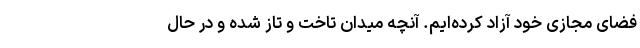
فضای مجازی خود آزاد کرده‌ایم. آنچه میدان تاخت و تاز شده و در حال